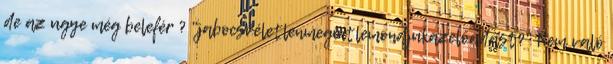
de az ugye még belefér ? "jabocsvéletlenmegintlemondjukazelőadást?" Nem való